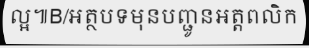
ល្អ៕B/អត្ថបទមុនបញ្ជូនអត្តពលិក